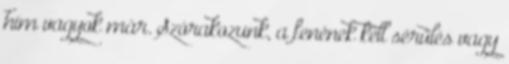
hím vagyok már. Szórakozunk, a fenének kell sérülés vagy